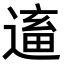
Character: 𨕢